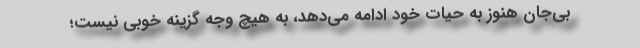
بی‌جان هنوز به حیات خود ادامه می‌دهد، به هیچ وجه گزینه خوبی نیست؛